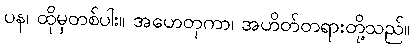
ပန၊ ထိုမှတစ်ပါး။ အဟေတုကာ၊ အဟိတ်တရားတို့သည်။